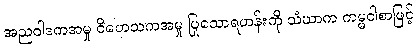
အညဝါဒကအမှု ဝိဟေသကအမှု ပြုသောရဟန်းကို သံဃာက ကမ္မဝါစာဖြင့်